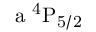
\mathrm { a \ ^ { 4 } P _ { 5 / 2 } }